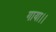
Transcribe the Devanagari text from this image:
गाया।।